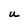
Character: u